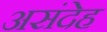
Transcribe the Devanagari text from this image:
असंदेह